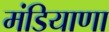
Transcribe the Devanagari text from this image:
मंडियाणा